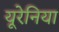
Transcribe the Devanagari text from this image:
यूरेनिया